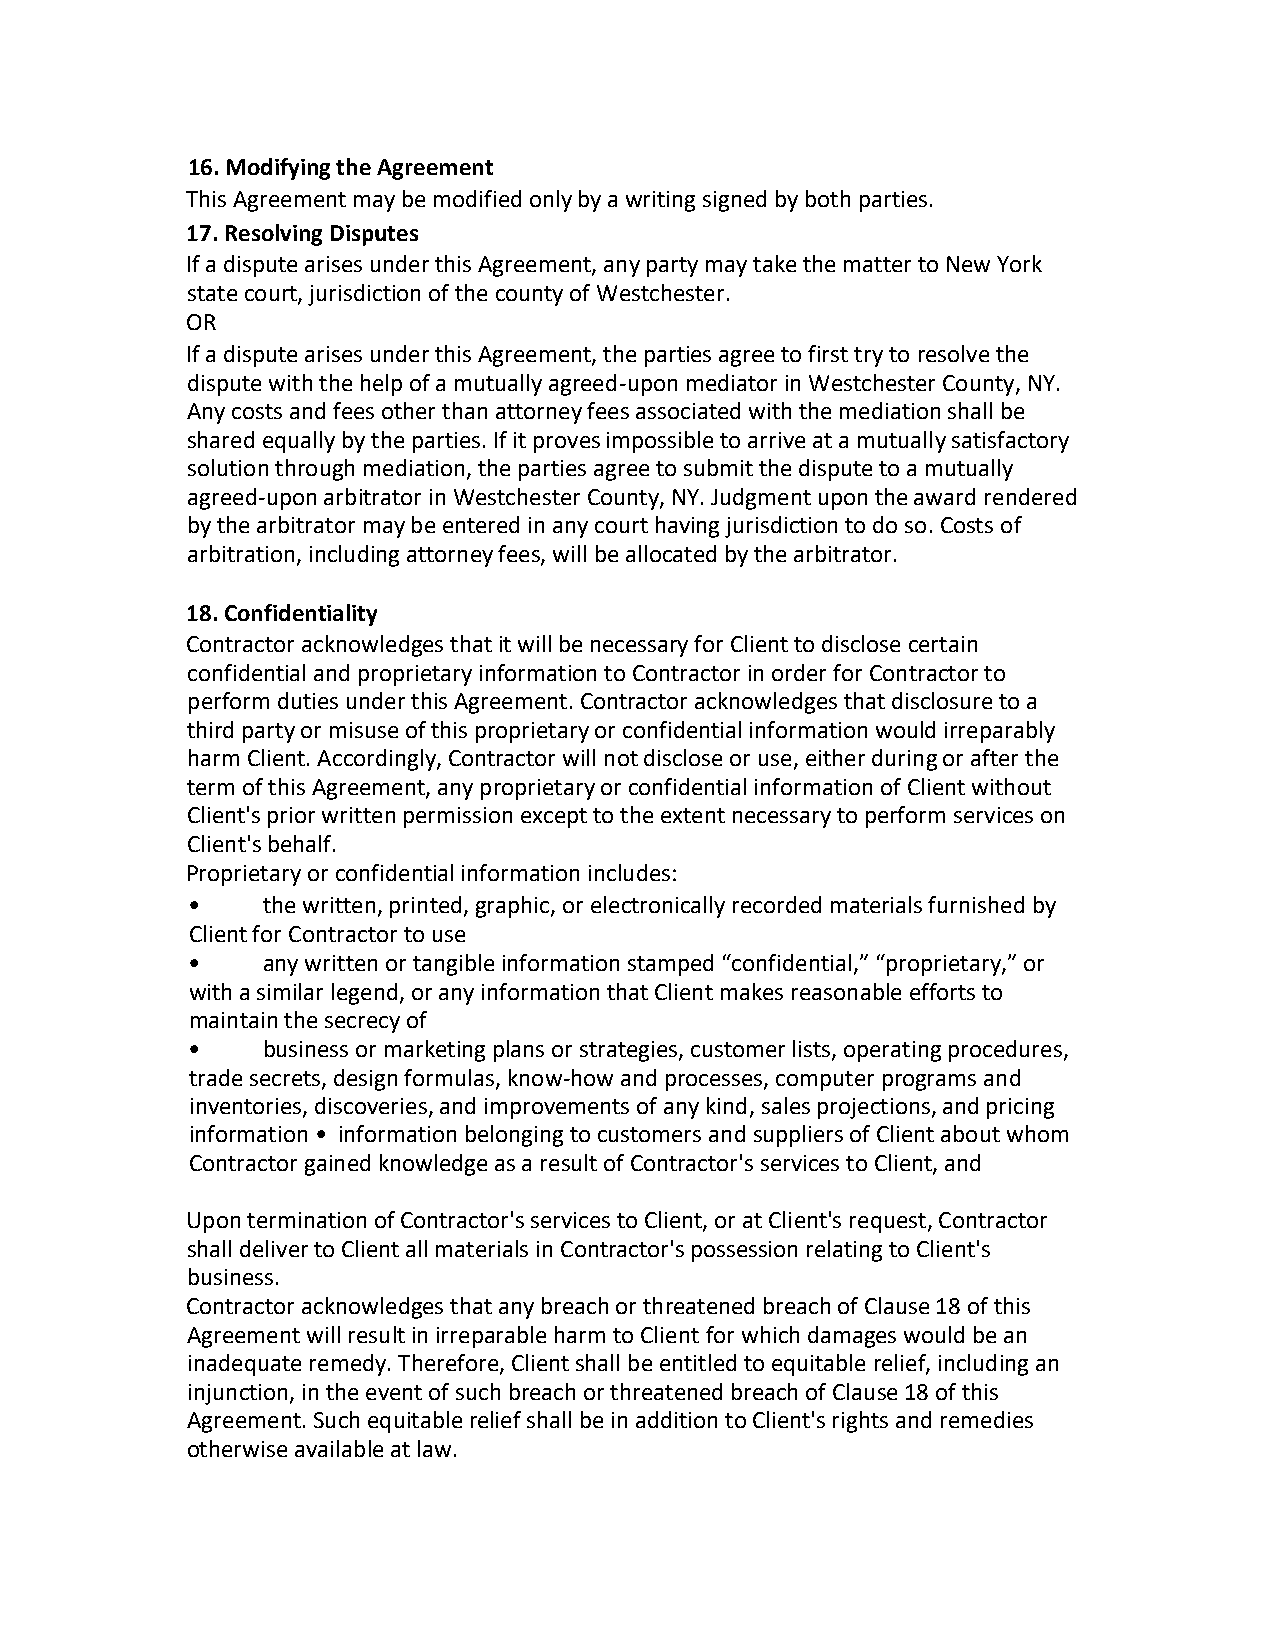
16.Modifying the Agreement
 This Agreement may be modified only by a writing signed by both parties.
 17.Resolving Disputes
 If a dispute arises under this Agreement, any party may take the matter to New York
 state court, jurisdiction of the county of Westchester.
 OR
 If a dispute arises under this Agreement, the parties agree to first try to resolve the
 dispute with the help of a mutually agreed-upon mediator in Westchester County, NY.
 Any costs and fees other than attorney fees associated with the mediation shall be
 shared equally by the parties. If it proves impossible to arrive at a mutually satisfactory
 solution through mediation, the parties agree to submit the dispute to a mutually
 agreed-upon arbitrator in Westchester County, NY. Judgment upon the award rendered
 by the arbitrator may be entered in any court having jurisdiction to do so. Costs of
 arbitration, including attorney fees, will be allocated by the arbitrator.
 18.Confidentiality
 Contractor acknowledges that it will be necessary for Client to disclose certain
 confidential and proprietary information to Contractor in order for Contractor to
 perform duties under this Agreement. Contractor acknowledges that disclosure to a
 third party or misuse of this proprietary or confidential information would irreparably
 harm Client. Accordingly, Contractor will not disclose or use, either during or after the
 term of this Agreement, any proprietary or confidential information of Client without
 Client's prior written permission except to the extent necessary to perform services on
 Client's behalf.
 Proprietary or confidential information includes:
 •    the written, printed, graphic, or electronically recorded materials furnished by
 Client for Contractor to use
 •    any written or tangible information stamped “confidential,” “proprietary,” or
 with a similar legend, or any information that Client makes reasonable efforts to
 maintain the secrecy of
 •    business or marketing plans or strategies, customer lists, operating procedures,
 trade secrets, design formulas, know-how and processes, computer programs and
 inventories, discoveries, and improvements of any kind, sales projections, and pricing
 information • information belonging to customers and suppliers of Client about whom
 Contractor gained knowledge as a result of Contractor's services to Client, and
 Upon termination of Contractor's services to Client, or at Client's request, Contractor
 shall deliver to Client all materials in Contractor's possession relating to Client's
 business.
 Contractor acknowledges that any breach or threatened breach of Clause 18 of this
 Agreement will result in irreparable harm to Client for which damages would be an
 inadequate remedy. Therefore, Client shall be entitled to equitable relief, including an
 injunction, in the event of such breach or threatened breach of Clause 18 of this
 Agreement. Such equitable relief shall be in addition to Client's rights and remedies
 otherwise available at law.